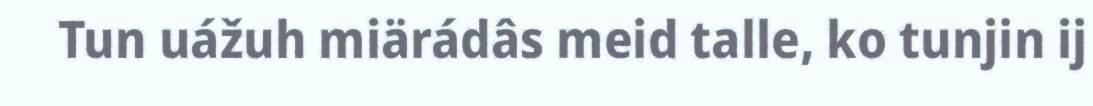
Tun uážuh miärádâs meid talle, ko tunjin ij